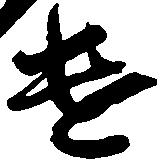
遣